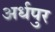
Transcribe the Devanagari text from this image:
अर्धपुर